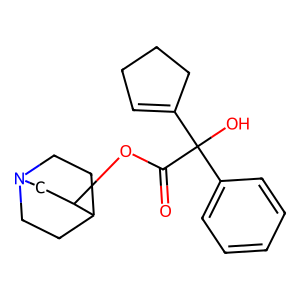
SMILES: O=C(OC1CN2CCC1CC2)C(O)(C1=CCCC1)c1ccccc1
Inhibits HIV replication: No